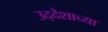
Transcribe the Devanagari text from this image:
उद्देशाच्या